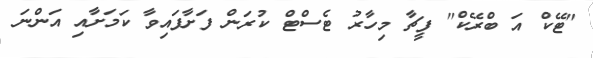
"ޓޭކް އަ ބްރޭކް" ފީޗާ މިހާރު ޓެސްޓް ކުރަން ފަށާފައިވާ ކަމަށާއި އަންނަ